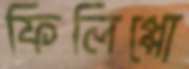
ফিলিপ্পো